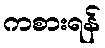
ကစားရန်